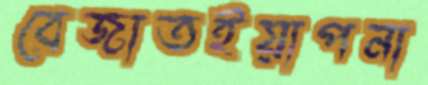
বেজাতইয়াপনা